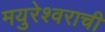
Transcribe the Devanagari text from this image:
मयुरेश्वराची